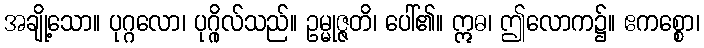
အချို့သော။ ပုဂ္ဂလော၊ ပုဂ္ဂိုလ်သည်။ ဥမ္မုဇ္ဇတိ၊ ပေါ်၏။ ဣဓ၊ ဤလောက၌။ ဧကစ္စော၊